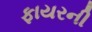
ફાયરની